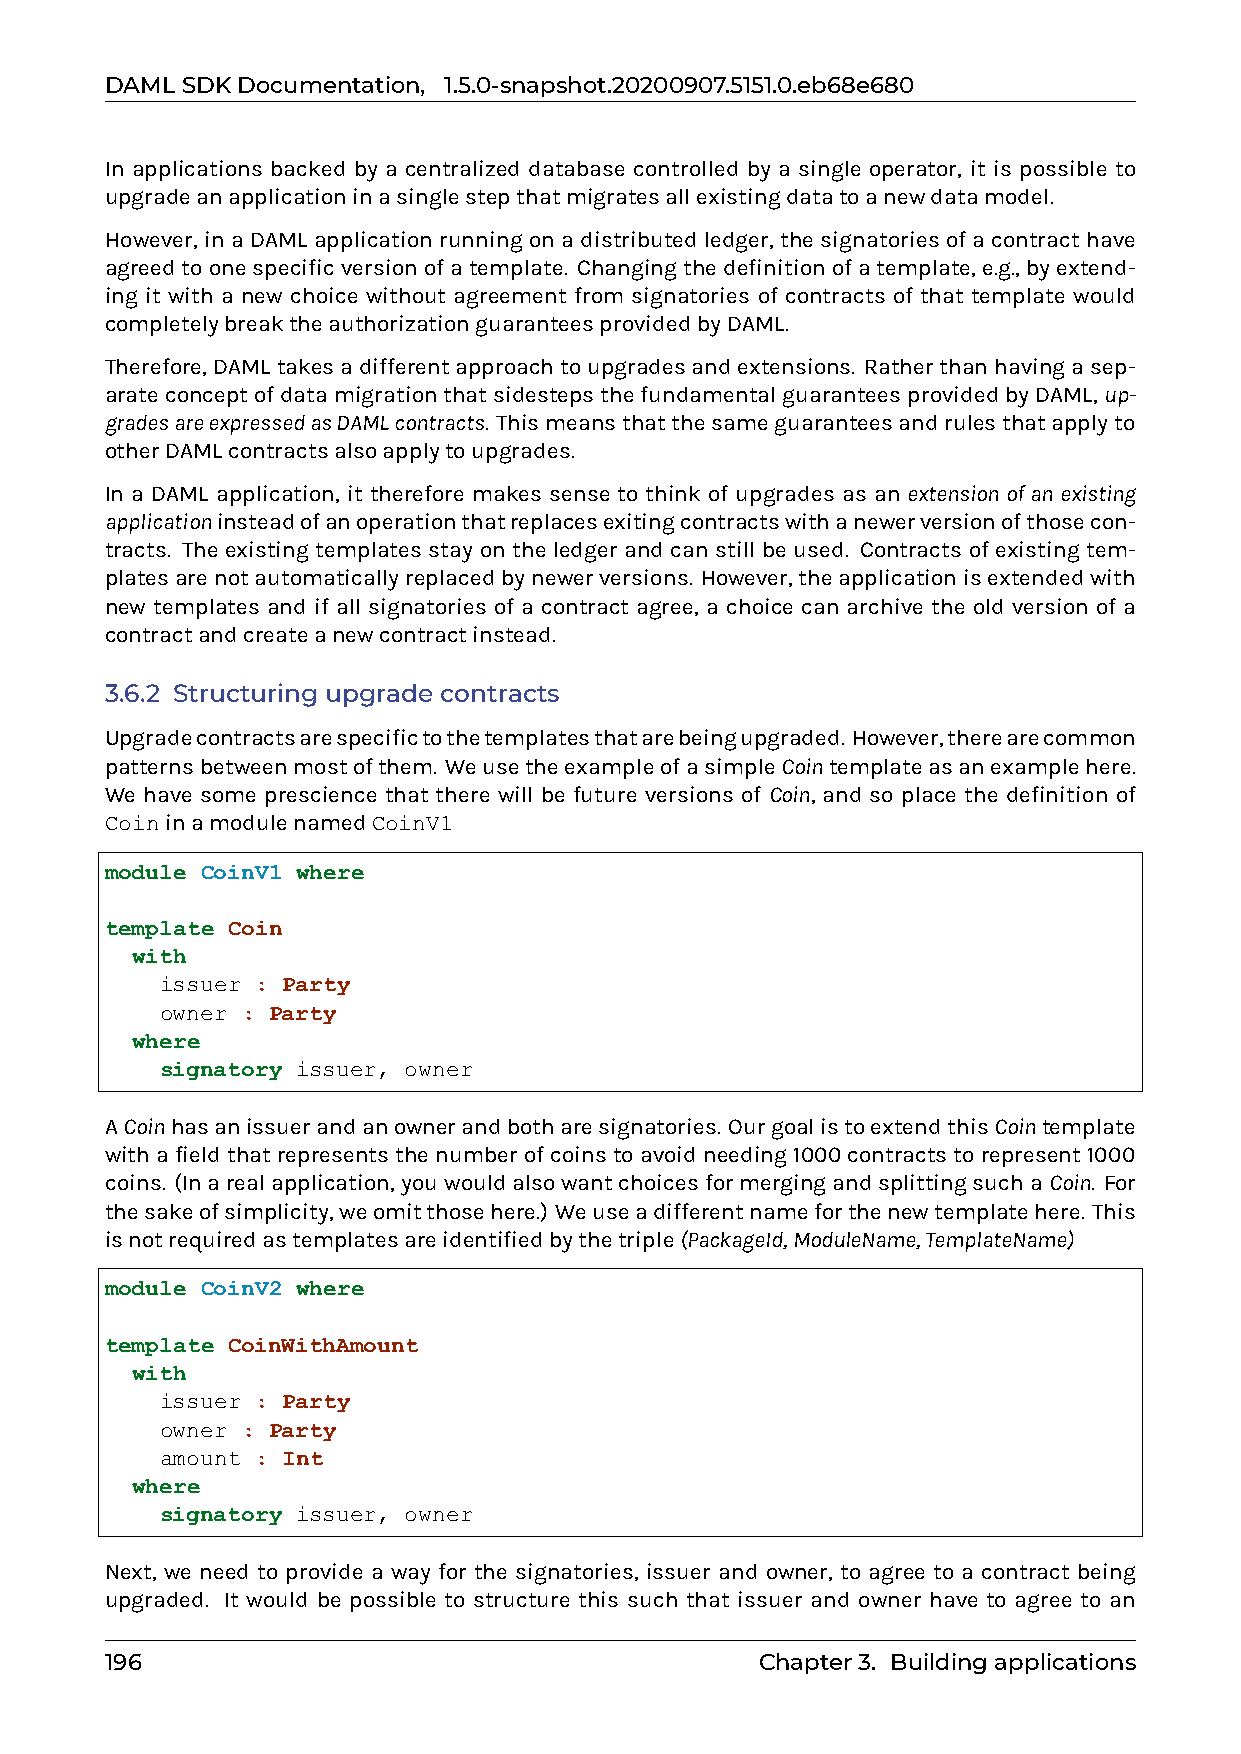
DAMLSDKDocumentation, 1.5.0-snapshot.20200907.5151.0.eb68e680
 In applications backed by a centralized database controlled by a single operator, it is possible to
 upgradeanapplicationinasinglestepthatmigratesallexistingdatatoanewdatamodel.
 However, in a DAML application running on a distributed ledger, the signatories of a contract have
 agreedtoonespecificversionofatemplate. Changingthedefinitionofatemplate, e.g., byextend-
 ing it with a new choice without agreement from signatories of contracts of that template would
 completelybreaktheauthorizationguaranteesprovidedbyDAML.
 Therefore,DAMLtakesadifferentapproachtoupgradesandextensions. Ratherthanhavingasep-
 arateconceptofdatamigrationthatsidestepsthefundamentalguaranteesprovidedbyDAML,up-
 gradesareexpressedasDAMLcontracts. Thismeansthatthesameguaranteesandrulesthatapplyto
 otherDAMLcontractsalsoapplytoupgrades.
 In a DAML application, it therefore makes sense to think of upgrades as an extension of an existing
 applicationinsteadofanoperationthatreplacesexitingcontractswithanewerversionofthosecon-
 tracts. The existing templates stay on the ledger and can still be used. Contracts of existing tem-
 platesarenotautomaticallyreplacedbynewerversions. However,theapplicationisextendedwith
 new templates and if all signatories of a contract agree, a choice can archive the old version of a
 contractandcreateanewcontractinstead.
 3.6.2 Structuring upgrade contracts
 Upgradecontractsarespecifictothetemplatesthatarebeingupgraded. However,therearecommon
 patternsbetweenmostofthem. WeusetheexampleofasimpleCointemplateasanexamplehere.
 We have some prescience that there will be future versions of Coin, and so place the definition of
 CoininamodulenamedCoinV1
 module CoinV1 where
 template Coin
 with
 issuer : Party
 owner : Party
 where
 signatory issuer, owner
 ACoinhasanissuerandanownerandbotharesignatories. OurgoalistoextendthisCointemplate
 withafieldthatrepresentsthenumberofcoinstoavoidneeding1000contractstorepresent1000
 coins. (Inarealapplication,youwouldalsowantchoicesformergingandsplittingsuchaCoin. For
 thesakeofsimplicity,weomitthosehere.) Weuseadifferentnameforthenewtemplatehere. This
 isnotrequiredastemplatesareidentifiedbythetriple(PackageId,ModuleName,TemplateName)
 module CoinV2 where
 template CoinWithAmount
 with
 issuer : Party
 owner : Party
 amount : Int
 where
 signatory issuer, owner
 Next, we need to provide a way for the signatories, issuer and owner, to agree to a contract being
 upgraded. It would be possible to structure this such that issuer and owner have to agree to an
 196                                        Chapter3. Buildingapplications